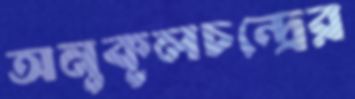
অনুকূলচন্দ্রের